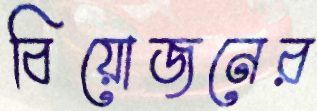
বিয়োজনের